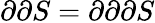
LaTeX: \partial\partial S=\partial\partial\partial S